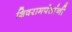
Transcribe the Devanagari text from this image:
शिवरामपंतांनी